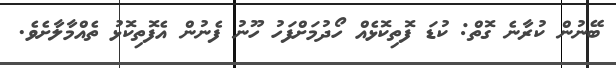
ބޭނުން ކުރާނެ ގޮތް: ކުޑަ ފޮތިކޮޅެއް ހޯދުމަށްފަހު ހޫނު ފެނުން އެފޮތިކޮޅު ތެއްމާލާށެވެ.